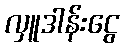
လှူဒါန်းငွေ